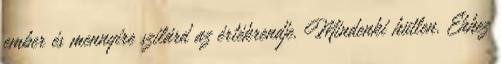
ember és mennyire szilárd az értékrendje. Mindenki hütlen. Ehhez